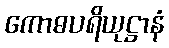
ကောဓပရိယုဋ္ဌာနံ